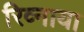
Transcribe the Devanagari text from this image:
रिव्नाया